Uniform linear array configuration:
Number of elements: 8
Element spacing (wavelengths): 0.5
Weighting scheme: binomial
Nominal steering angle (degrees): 15
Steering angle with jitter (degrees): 14.289
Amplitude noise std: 0.05
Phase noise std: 0.05

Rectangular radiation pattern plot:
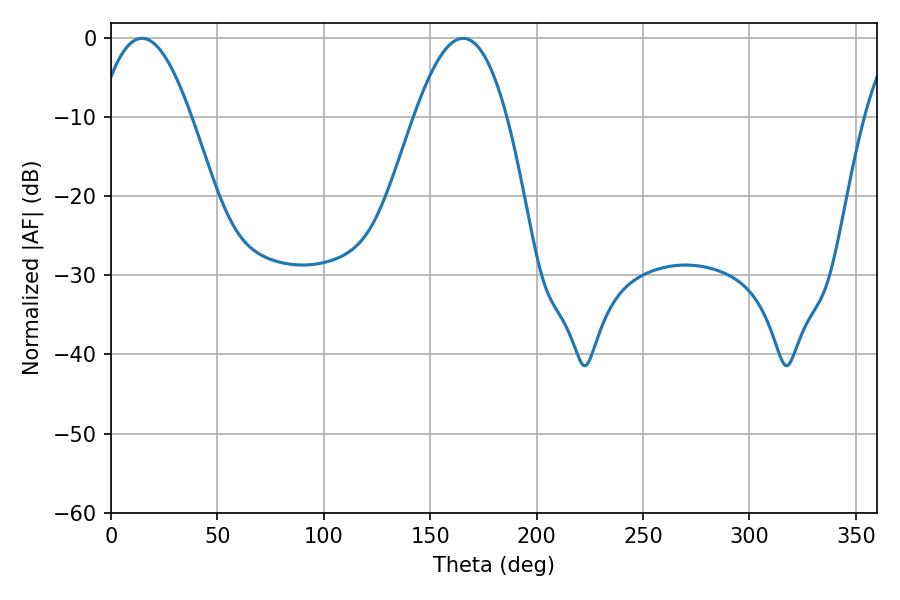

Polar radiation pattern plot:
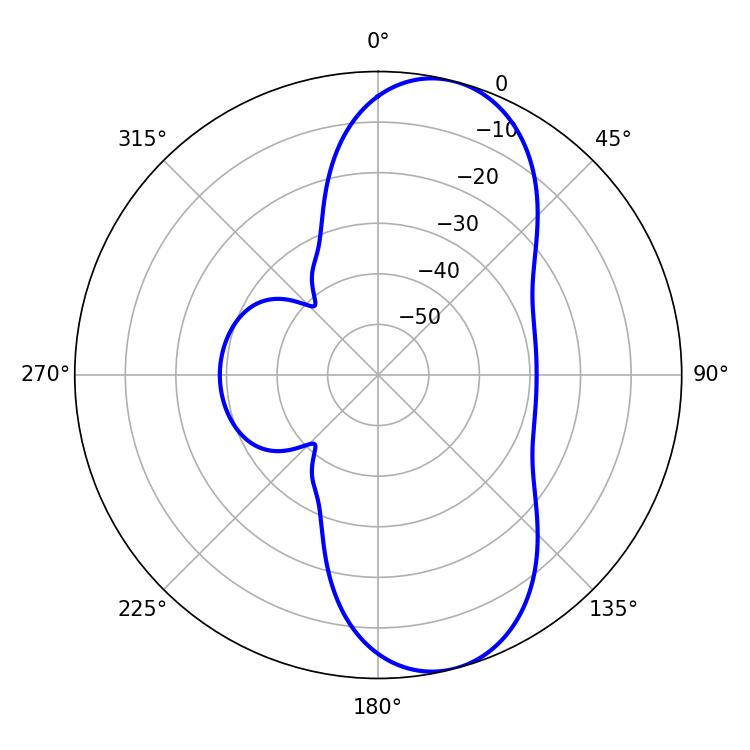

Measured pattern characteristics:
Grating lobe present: FALSE
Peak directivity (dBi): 9.273
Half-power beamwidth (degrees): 23.76
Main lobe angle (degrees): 14.58